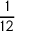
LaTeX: \frac { 1 } { 1 2 }